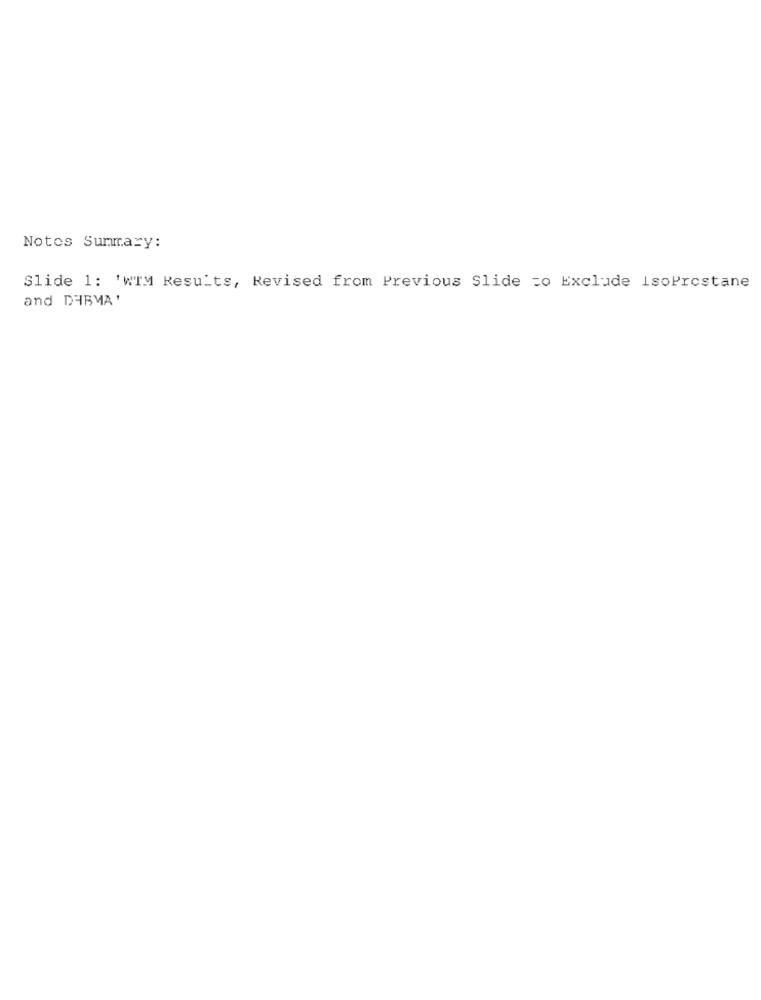
Notes Summary:
Slide 1: 'WTM Results, Revised from Previous Slide =o Exclude IsoProstane
and DHBMA'